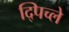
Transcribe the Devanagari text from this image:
द्पिच्ले